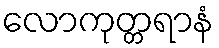
လောကုတ္တရာနံ